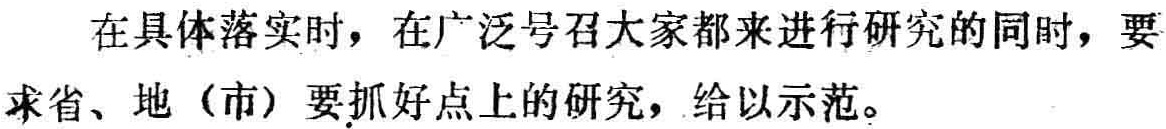
在具体落实时，在广泛号召大家都来进行研究的同时，要求省、地（市）要抓好点上的研究，给以示范。